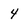
Character: 4